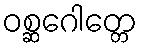
ဝစ္ဆဂေါတ္တေ